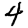
Digit: 4